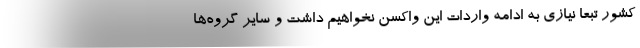
کشور تبعا نیازی به ادامه واردات این واکسن نخواهیم داشت و سایر گروه‌ها